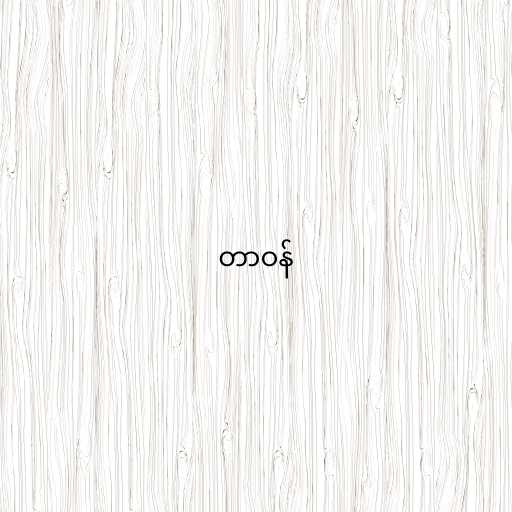
တာဝန်